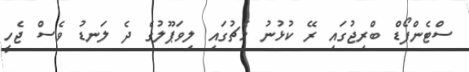
ސްޓެންފޯޑް ބްރިޖުގައި ރޭ ކުޅުނު މެޗުގައި ލިވަޕޫލުގެ ދެ ލަނޑު ވެސް ޖެހީ